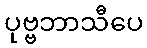
ပုဗ္ဗဘာသီပေ